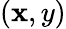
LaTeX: \left({\mathbf{x},y}\right)